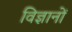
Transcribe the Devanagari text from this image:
विज्ञानों